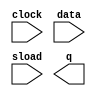
// megafunction wizard: %LPM_COUNTER%VBB%
// GENERATION: STANDARD
// VERSION: WM1.0
// MODULE: lpm_counter 

// ============================================================
// Megafunction Name(s):
// 			lpm_counter
//
// Simulation Library Files(s):
// 			lpm
// ============================================================
// ************************************************************
// THIS IS A WIZARD-GENERATED FILE. DO NOT EDIT THIS FILE!
//
// 9.1 Build 222 10/21/2009 SJ Full Version
// ************************************************************

//Copyright (C) 1991-2009 Altera Corporation
//Your use of Altera Corporation's design tools, logic functions 
//and other software and tools, and its AMPP partner logic 
//functions, and any output files from any of the foregoing 
//(including device programming or simulation files), and any 
//associated documentation or information are expressly subject 
//to the terms and conditions of the Altera Program License 
//Subscription Agreement, Altera MegaCore Function License 
//Agreement, or other applicable license agreement, including, 
//without limitation, that your use is for the sole purpose of 
//programming logic devices manufactured by Altera and sold by 
//Altera or its authorized distributors.  Please refer to the 
//applicable agreement for further details.

module lpm_counter128 (
	clock,
	data,
	sload,
	q);

	input	  clock;
	input	[127:0]  data;
	input	  sload;
	output	[127:0]  q;

endmodule

// ============================================================
// CNX file retrieval info
// ============================================================
// Retrieval info: PRIVATE: ACLR NUMERIC "0"
// Retrieval info: PRIVATE: ALOAD NUMERIC "0"
// Retrieval info: PRIVATE: ASET NUMERIC "0"
// Retrieval info: PRIVATE: ASET_ALL1 NUMERIC "1"
// Retrieval info: PRIVATE: CLK_EN NUMERIC "0"
// Retrieval info: PRIVATE: CNT_EN NUMERIC "0"
// Retrieval info: PRIVATE: CarryIn NUMERIC "0"
// Retrieval info: PRIVATE: CarryOut NUMERIC "0"
// Retrieval info: PRIVATE: Direction NUMERIC "0"
// Retrieval info: PRIVATE: INTENDED_DEVICE_FAMILY STRING "Stratix II"
// Retrieval info: PRIVATE: ModulusCounter NUMERIC "0"
// Retrieval info: PRIVATE: ModulusValue NUMERIC "0"
// Retrieval info: PRIVATE: SCLR NUMERIC "0"
// Retrieval info: PRIVATE: SLOAD NUMERIC "1"
// Retrieval info: PRIVATE: SSET NUMERIC "0"
// Retrieval info: PRIVATE: SSET_ALL1 NUMERIC "1"
// Retrieval info: PRIVATE: SYNTH_WRAPPER_GEN_POSTFIX STRING "0"
// Retrieval info: PRIVATE: nBit NUMERIC "128"
// Retrieval info: CONSTANT: LPM_DIRECTION STRING "UP"
// Retrieval info: CONSTANT: LPM_PORT_UPDOWN STRING "PORT_UNUSED"
// Retrieval info: CONSTANT: LPM_TYPE STRING "LPM_COUNTER"
// Retrieval info: CONSTANT: LPM_WIDTH NUMERIC "128"
// Retrieval info: USED_PORT: clock 0 0 0 0 INPUT NODEFVAL clock
// Retrieval info: USED_PORT: data 0 0 128 0 INPUT NODEFVAL data[127..0]
// Retrieval info: USED_PORT: q 0 0 128 0 OUTPUT NODEFVAL q[127..0]
// Retrieval info: USED_PORT: sload 0 0 0 0 INPUT NODEFVAL sload
// Retrieval info: CONNECT: @clock 0 0 0 0 clock 0 0 0 0
// Retrieval info: CONNECT: q 0 0 128 0 @q 0 0 128 0
// Retrieval info: CONNECT: @sload 0 0 0 0 sload 0 0 0 0
// Retrieval info: CONNECT: @data 0 0 128 0 data 0 0 128 0
// Retrieval info: LIBRARY: lpm lpm.lpm_components.all
// Retrieval info: GEN_FILE: TYPE_NORMAL lpm_counter128.v TRUE
// Retrieval info: GEN_FILE: TYPE_NORMAL lpm_counter128.inc FALSE
// Retrieval info: GEN_FILE: TYPE_NORMAL lpm_counter128.cmp FALSE
// Retrieval info: GEN_FILE: TYPE_NORMAL lpm_counter128.bsf TRUE FALSE
// Retrieval info: GEN_FILE: TYPE_NORMAL lpm_counter128_inst.v FALSE
// Retrieval info: GEN_FILE: TYPE_NORMAL lpm_counter128_bb.v TRUE
// Retrieval info: GEN_FILE: TYPE_NORMAL lpm_counter128_waveforms.html TRUE
// Retrieval info: GEN_FILE: TYPE_NORMAL lpm_counter128_wave*.jpg FALSE
// Retrieval info: LIB_FILE: lpm